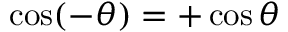
\cos ( - \theta ) = + \cos \theta